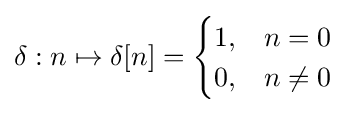
\delta :n\mapsto \delta [n]={\begin{cases}1,&n=0\\0,&n\neq 0\end{cases}}